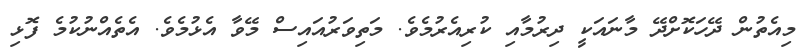
މިއެތުން ދޭހަކޮށްދޭ މާނައަކީ ދިރުމާއި ކުރިއެރުމެވެ. މަތިވަރުއައިސް މޭވާ އެޅުމެވެ. އެތެއްނުކުމެ ފޮޅި